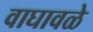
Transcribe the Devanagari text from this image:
वाघावळे